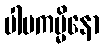
ပါပကမ္မိနော